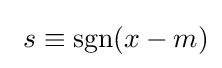
~s\equiv \operatorname {sgn}(x-m)